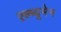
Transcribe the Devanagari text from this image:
एल्ब्यूमेन